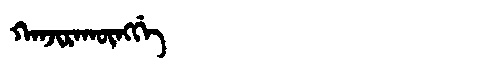
Manchu: ᡴᠠᠨᠵᡳᡵᠠᡴᡡᠩᡤᡝ
Romanization: KANJIRAKŪNGGE